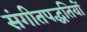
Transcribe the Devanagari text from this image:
संगीतपद्धतियों